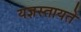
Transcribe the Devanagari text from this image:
यज्ञस्तायते